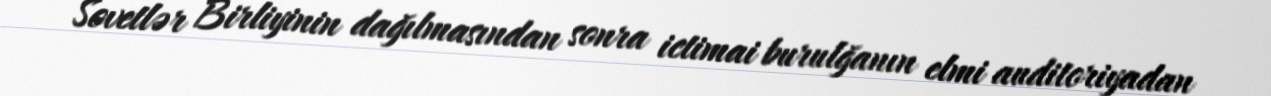
Sovetlər Birliyinin dağılmasından sonra ictimai burulğanın elmi auditoriyadan